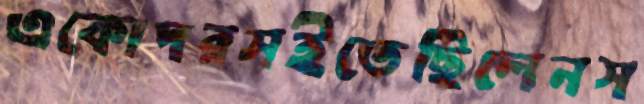
একোদরসইতেছিলেনস